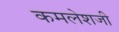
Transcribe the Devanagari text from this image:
कमलेशजी